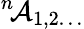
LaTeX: ^n\! {\cal A}_{1,2\dots}